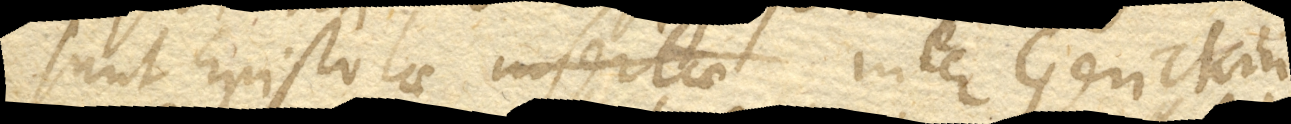
sunt Epistolae inter Gerickium